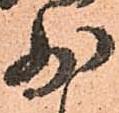
少